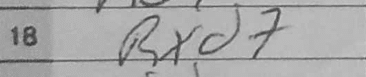
Transcription: Rxd7